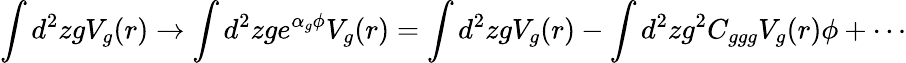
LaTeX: \int d^{2}zgV_{g}(r)\to\int d^{2}zge^{\alpha_{g}\phi}V_{g}(r)=\int d^{2}zgV_{g}(r)-\int d^{2}zg^{2}C_{ggg}V_{g}(r)\phi+\cdots